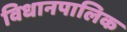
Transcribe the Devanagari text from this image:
विधानपालिक